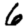
Digit: 6